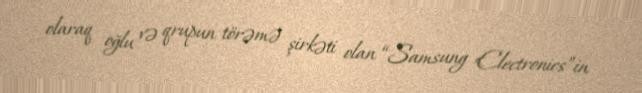
olaraq oğlu və qrupun törəmə şirkəti olan “Samsung Electronics”in